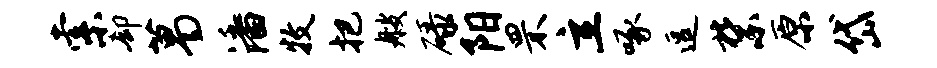
索却葛潘牧把艘碌阳罘立啄逗禁原岱